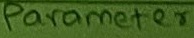
Text: Parameter